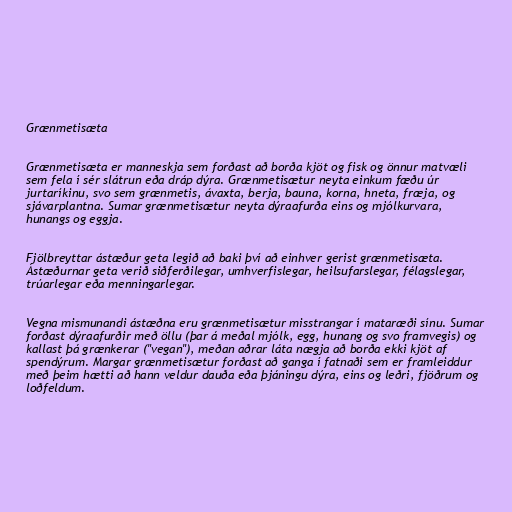
Grænmetisæta

Grænmetisæta er manneskja sem forðast að borða kjöt og fisk og önnur matvæli
sem fela í sér slátrun eða dráp dýra. Grænmetisætur neyta einkum fæðu úr
jurtaríkinu, svo sem grænmetis, ávaxta, berja, bauna, korna, hneta, fræja, og
sjávarplantna. Sumar grænmetisætur neyta dýraafurða eins og mjólkurvara,
hunangs og eggja.

Fjölbreyttar ástæður geta legið að baki því að einhver gerist grænmetisæta.
Ástæðurnar geta verið siðferðilegar, umhverfislegar, heilsufarslegar, félagslegar,
trúarlegar eða menningarlegar.

Vegna mismunandi ástæðna eru grænmetisætur misstrangar í mataræði sínu. Sumar
forðast dýraafurðir með öllu (þar á meðal mjólk, egg, hunang og svo framvegis) og
kallast þá grænkerar ("vegan"), meðan aðrar láta nægja að borða ekki kjöt af
spendýrum. Margar grænmetisætur forðast að ganga í fatnaði sem er framleiddur
með þeim hætti að hann veldur dauða eða þjáningu dýra, eins og leðri, fjöðrum og
loðfeldum.